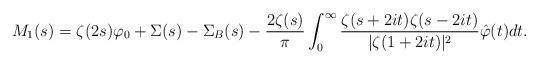
LaTeX: \begin{align*}M_1(s)=\zeta(2s)\varphi_0+\Sigma(s)-\Sigma_B(s)-\frac{2\zeta(s)}{\pi}\int_{0}^{\infty}\frac{\zeta(s+2it)\zeta(s-2it)}{|\zeta(1+2it)|^2}\hat{\varphi}(t)dt.\end{align*}